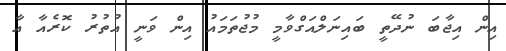
އިން އިޖާބަ ނުދޭތީ ބައިނަލްއަގްވާމީ މުޖުތަމައު އިން ވަނީ އުތުރު ކޮރެއާ އާ